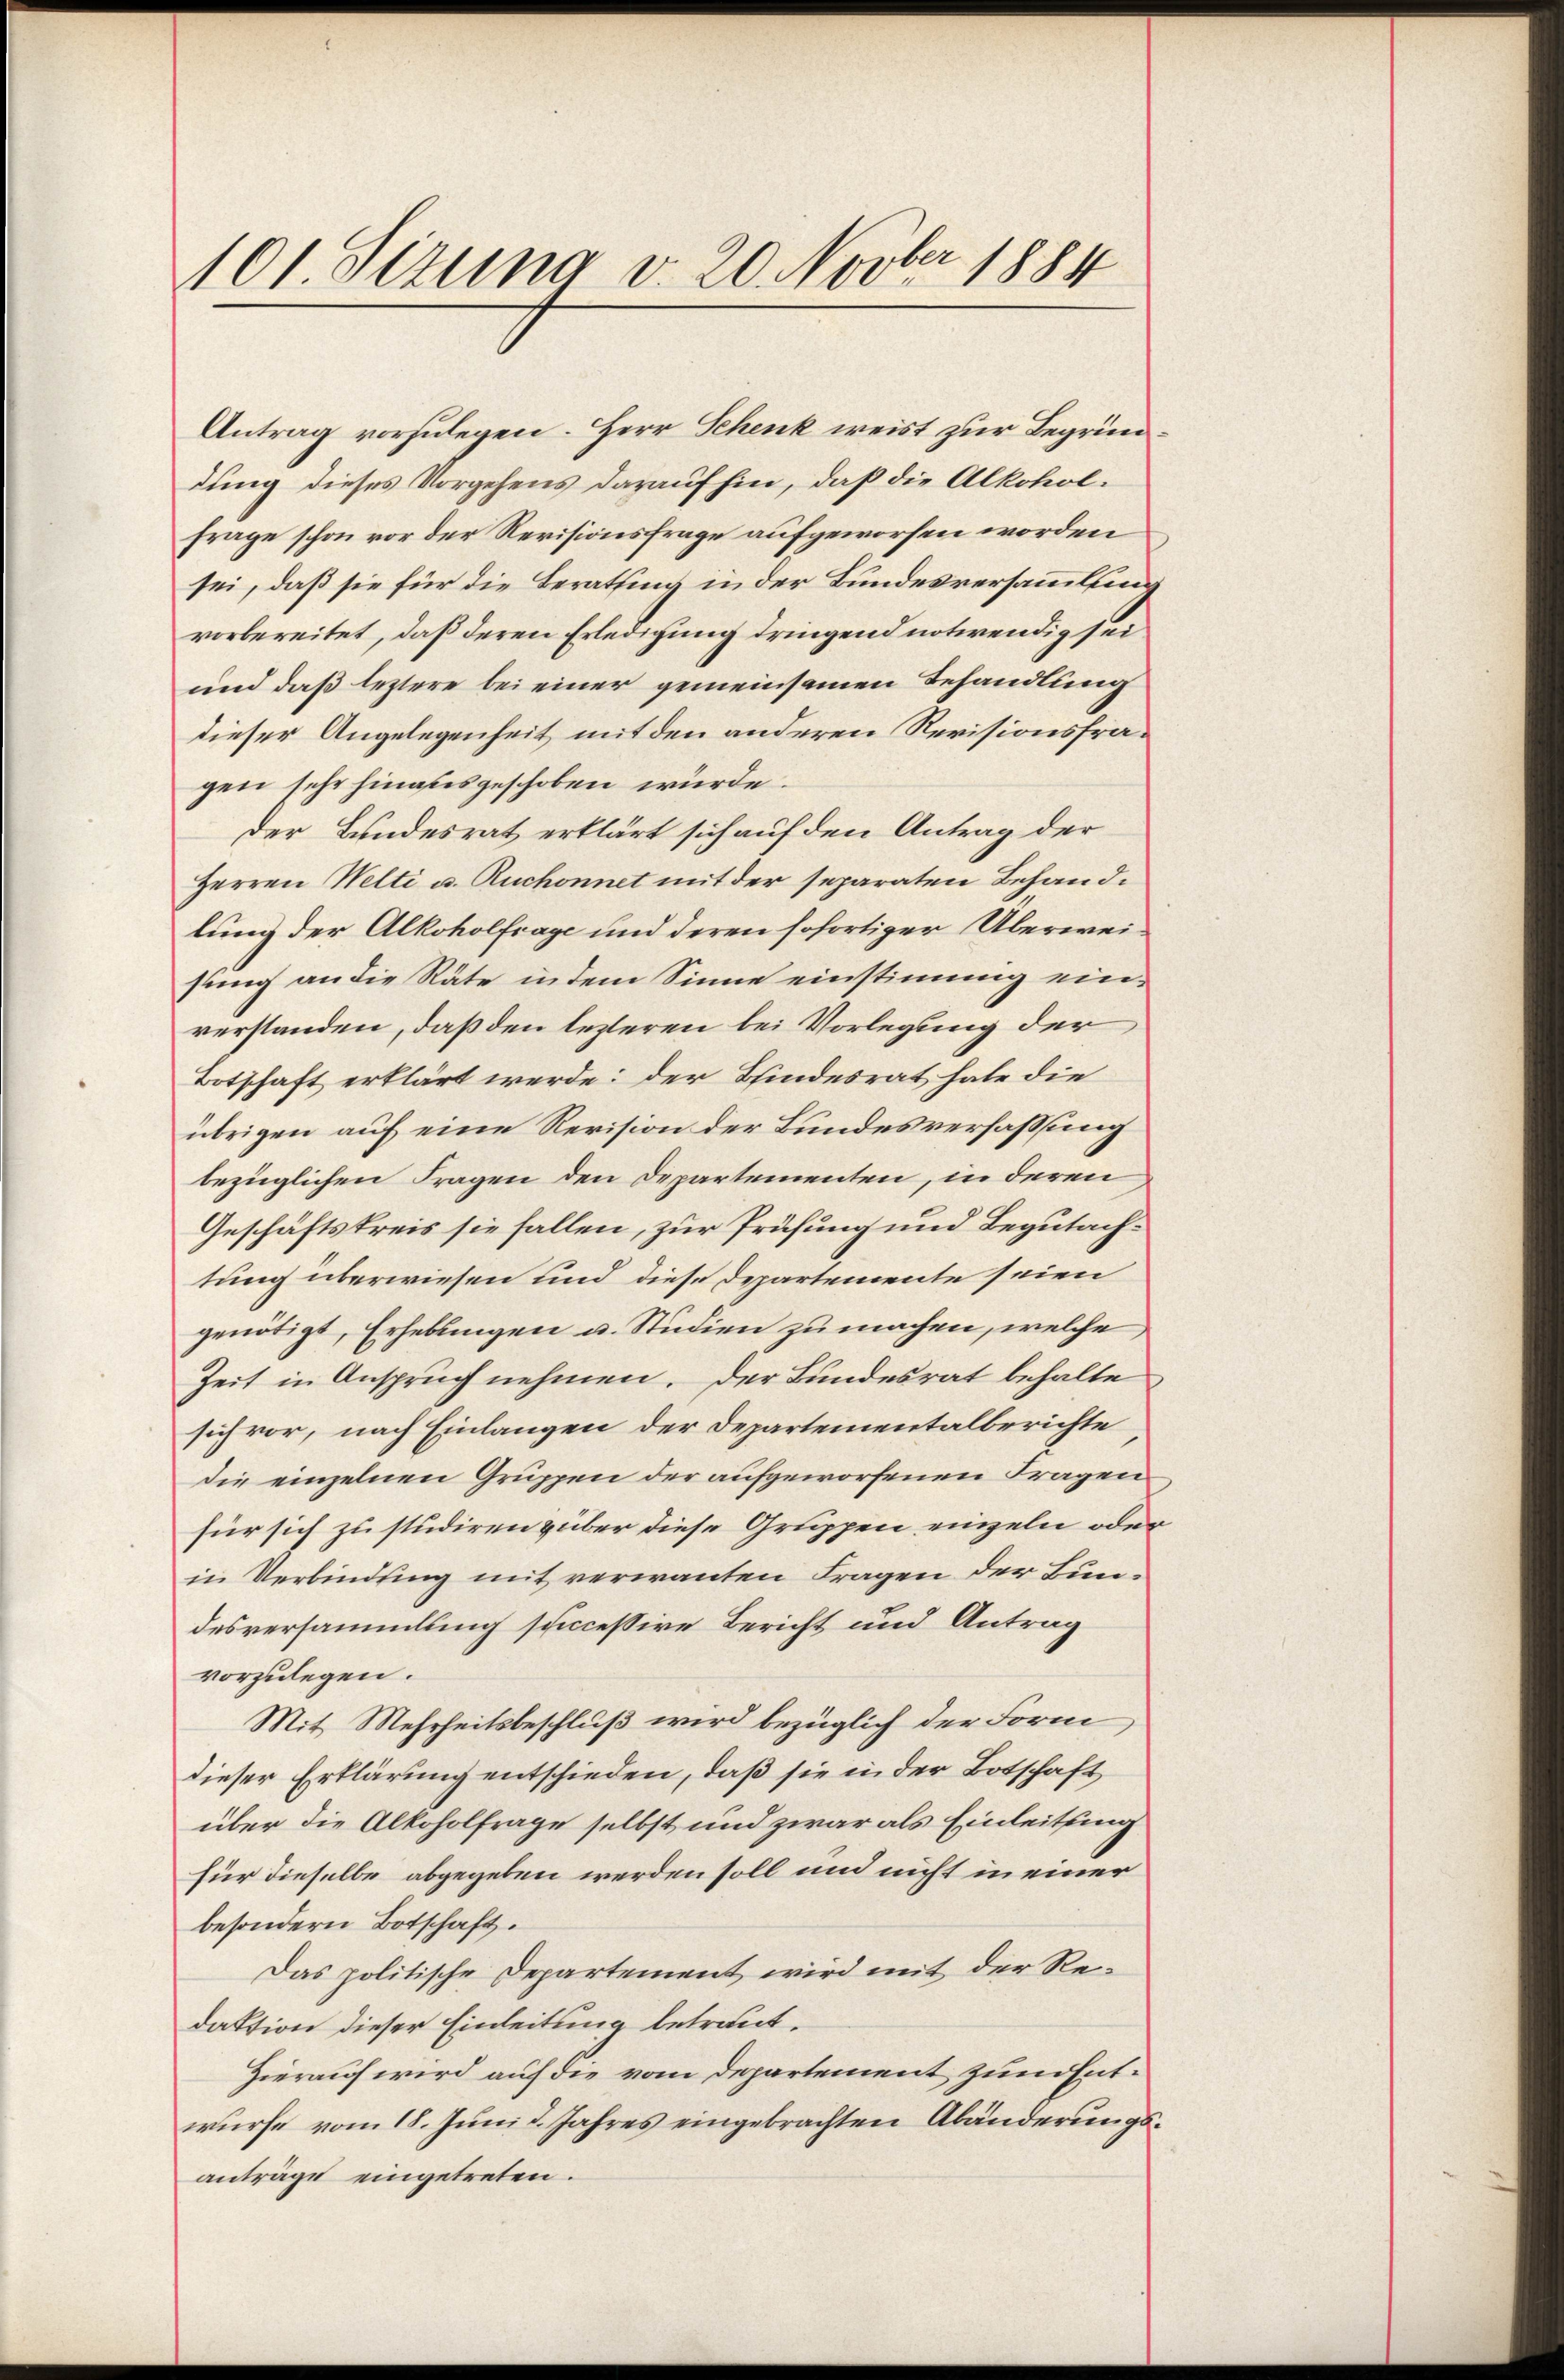
101. Sezung v. 20. Novber 1884

Antrag vorzulegen. Herr Schenk weist zur Begründung dieses Vorgehens daraufhin, daß die Alkoholfrage schon vor der Revisionsfrage aufgeworfen worden
sei, daß sie für die Berathung in der Bundesversammlung
vorbereitet, daß deren Erledigung dringend notwendig sei
und daß leztere bei einer gemeinsamen Behandlung
dieser Angelegenheit mit den anderen Revisionsfragen sehr hinausgeschoben würde.
der Bundesrat erklärt sich auf den Antrag der
Herren Welti u. Ruchonnet mit der separaten Behandlung der Alkoholfrage und deren sofortiger Überweisung an die Räte in dem Sinne einstimmig einverstanden, daß den lezteren bei Vorlegung der
Botschaft erklärt werde: der Bindesrat habe die
übrigen auf eine Revision der Bundesverfassung
bezüglichen Fragen den Departementen, in deren
Geschäftskreis sie fallen, zur Prüfung und Begutachtung überwiesen und diese Departemente seien
genötigt, Erhebungen a. Studien zu machen, welche
Zeit in Anspruch nehmen. Der Bundesrat behalte
sich vor, nach Einlangen der Departementalberichte
die einzelnen Gruppen der aufgeworfenen Fragen
für sich zu studiren über diese Gruppen einzeln oder
in Verbindung mit verwanten Fragen der Bundesversammlung scheccessive Bericht und Antrag
vorzulegen.
Mit Mehrheitsbeschluß wird bezüglich der Form,
dieser Erklärung entschieden, daß sie in der Botschaft
über die Alkoholfrage selbst und zwar als Einleitung
für dieselbe abgegeben werden soll und nicht in einer
besondern Botschaft.
Das politische Departement, wird mit der Redaktion dieser Einleitung betraut.
Hierauf wird auf die vom Departement zum Entwürfe vom 18. Juni d. Jahres eingebrachten Abänderungsanträge eingetreten.